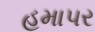
હમાપર